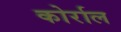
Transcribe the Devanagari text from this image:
कोर्राल